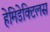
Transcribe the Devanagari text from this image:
हेमिडेक्टिलस